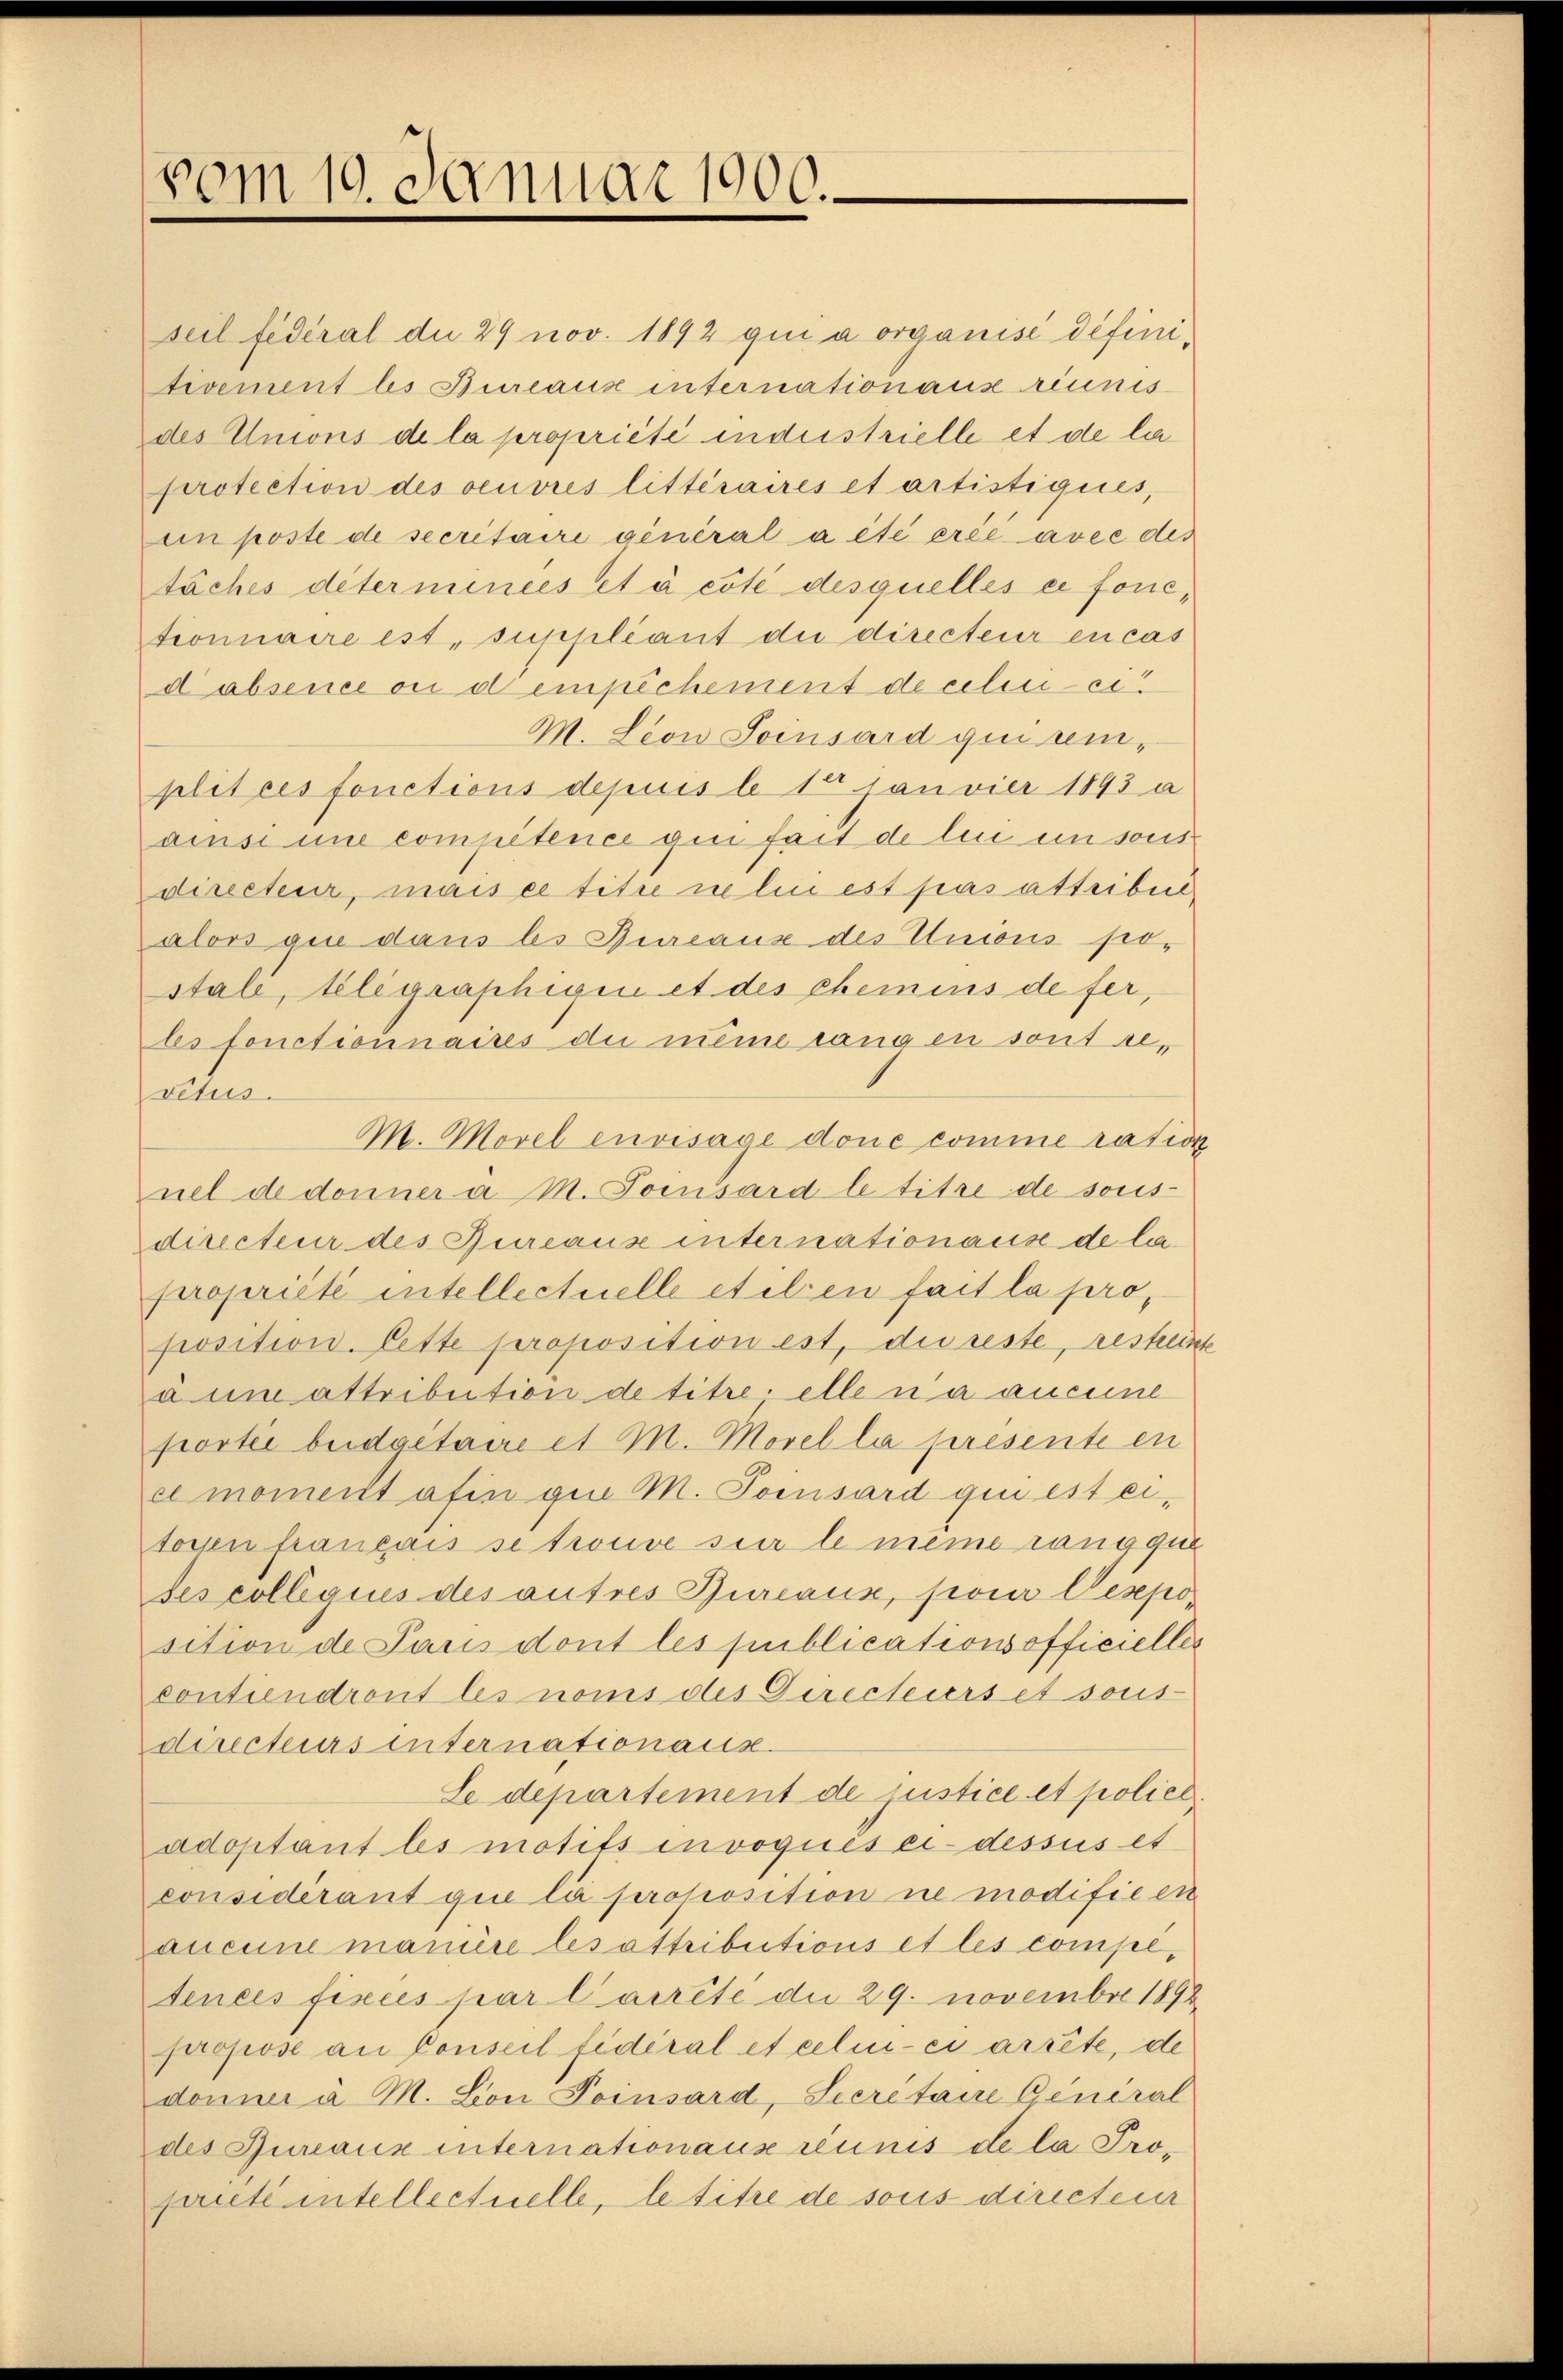
vom 10. Januar 1900.

seil fédéral du 29 nov. 1892 qui a organisi définitivement les Bureaux internation aus réunisdes Unions de la propriété industrielle et de la
protection des oeuvres litteraires et artistigiés,
un poste de secretaire général a été érée avec des
täches déterminées et à côté desquelles ce fonctionnaire est, suppliant die directeur en cas
dabsence ou dempichement de celen ei
M. Leon Seinsard qui seiplitees fonctions depuis le 15. Janvier 1893 a
aisi une compétence gin fait de lui en sous
directeur, mais ce titre ne lui est pas attribus
alors que dans les Bureaux des Unions so-
stäle, telegraphigen et des chemins de fer,
les fonctionnaires die même rangen sont revctus.
M. Morel envisagé done comme ration
nel de donner a M. Poisard le titre de sous-
directeur des Bureaux internationaus de la
propriété intellectuelle etilen fait la proposition. Lette proposition est, die reste, restreinte
à un attribution de titre elle n’a aucune
portei beidgetaire et M. Morella presente en
el moment afin gen M. Torsard qui est eitoyen français se trouve sie le même rang qui
sescollegius des autres Bureaus, son Desposition de Paris dont les publicationsofficielles
contiendront les noms des Directiers et sous
directeurs internationaus.
Le departement de justice et poliel.
adoptant les motifs invoqués ci-dessus et
considerant qui lia proposition ne modifie en
aucune manière les attributions et les compltences fixées par Carrête die 29. Novembre 1892
propose an Conseil fidéral et celui-ci arrête, de
donner a M. Von Poinsard, Secretaire General
des Bureaux internationaus réunis de la Propante intellectuelle, le titre de sous directeur